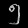
Digit: ၅